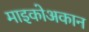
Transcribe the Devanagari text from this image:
माइकोअकान